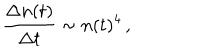
\frac { \Delta n ( t ) } { \Delta t } \sim n ( t ) ^ { 4 } \, ,